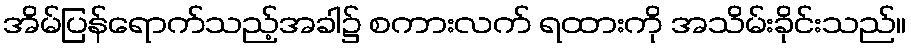
အိမ်ပြန်ရောက်သည့်အခါ၌ စကားလက် ရထားကို အသိမ်းခိုင်းသည်။